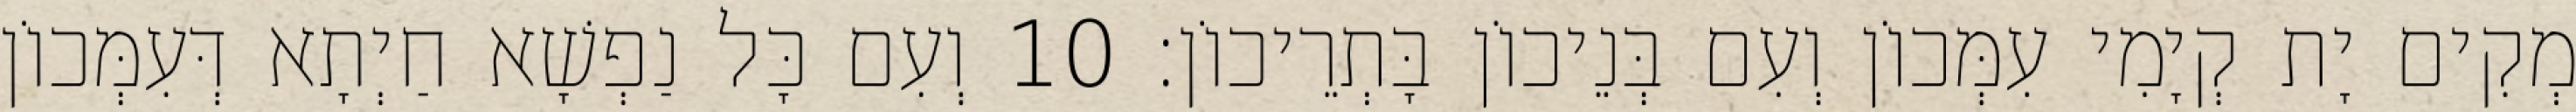
מְקִים יָת קְיָמִי עִמְּכוֹן וְעִם בְּנֵיכוֹן בָּתְרֵיכוֹן׃ 10 וְעִם כָּל נַפְשָׁא חַיְתָא דְּעִמְּכוֹן